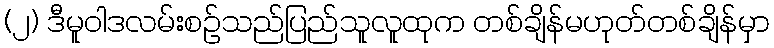
(၂) ဒီမူဝါဒလမ်းစဉ်သည်ပြည်သူလူထုက တစ်ချိန်မဟုတ်တစ်ချိန်မှာ